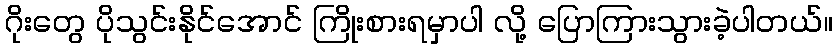
ဂိုးတွေ ပိုသွင်းနိုင်အောင် ကြိုးစားရမှာပါ လို့ ပြောကြားသွားခဲ့ပါတယ်။